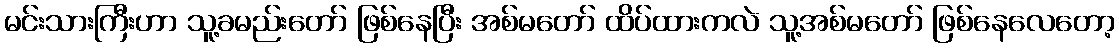
မင်းသားကြီးဟာ သူ့ခမည်းတော် ဖြစ်နေပြီး အစ်မတော် ထိပ်ထားကလဲ သူ့အစ်မတော် ဖြစ်နေလေတော့